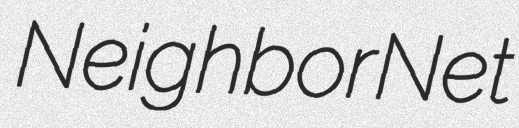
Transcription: NeighborNet